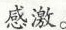
感激。